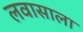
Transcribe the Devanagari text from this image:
लवासाला